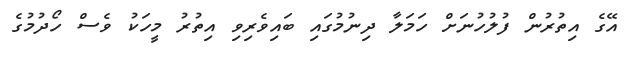
އޭގެ އިތުރުން ފުލުހުނަށް ހަމަލާ ދިނުމުގައި ބައިވެރިވި އިތުރު މީހަކު ވެސް ހޯދުމުގެ